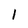
Character: l